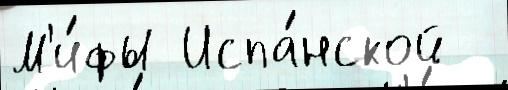
М'и́фы Испа́нской